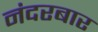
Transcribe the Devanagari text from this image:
नंदरबार